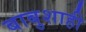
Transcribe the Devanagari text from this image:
बाबुशाही